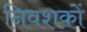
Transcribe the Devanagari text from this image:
निवशकों